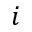
i